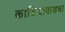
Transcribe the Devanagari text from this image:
काठियावाडचा